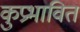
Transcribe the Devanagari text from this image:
कुप्रभावित